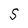
Character: S